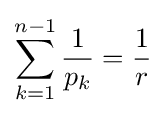
\sum _{k=1}^{n-1}{\frac {1}{p_{k}}}={\frac {1}{r}}